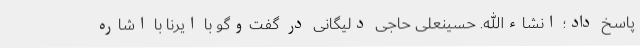
پاسخ داد؛ انشاءالله. حسینعلی حاجی دلیگانی در گفت‌وگو با ایرنا با اشاره